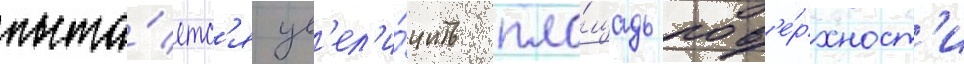
пыта́етс'я ув'ел'и́чить пло́щадь пов'е́рхност'и